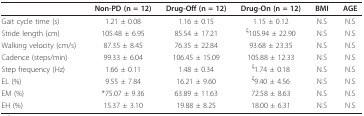
<table><thead><tr><td></td><td><b>Non-PD (n = 12)</b></td><td><b>Drug-Off (n = 12)</b></td><td><b>Drug-On (n = 12)</b></td><td><b>BMI</b></td><td><b>AGE</b></td></tr></thead><tbody><tr><td>Gait cycle time (s)</td><td>1.21 ± 0.08</td><td>1.16 ± 0.15</td><td>1.15 ± 0.12</td><td>N.S</td><td>N.S</td></tr><tr><td>Stride length (cm)</td><td>105.48 ± 6.95</td><td>85.54 ± 17.21</td><td><sup>ξ</sup>105.94 ± 22.90</td><td>N.S</td><td>N.S</td></tr><tr><td>Walking velocity (cm/s)</td><td>87.35 ± 8.45</td><td>76.35 ± 22.84</td><td>93.68 ± 23.35</td><td>N.S</td><td>N.S</td></tr><tr><td>Cadence (steps/min)</td><td>99.33 ± 6.04</td><td>106.45 ± 15.09</td><td>105.88 ± 12.33</td><td>N.S</td><td>N.S</td></tr><tr><td>Step frequency (Hz)</td><td>1.66 ± 0.11</td><td>1.48 ± 0.34</td><td><sup>ξ</sup>1.74 ± 0.18</td><td>N.S</td><td>N.S</td></tr><tr><td>EL (%)</td><td>9.55 ± 7.84</td><td>16.21 ± 9.60</td><td><sup>ξ</sup>9.40 ± 4.56</td><td>N.S</td><td>N.S</td></tr><tr><td>EM (%)</td><td>*75.07 ± 9.36</td><td>63.89 ± 11.63</td><td>72.58 ± 8.63</td><td>N.S</td><td>N.S</td></tr><tr><td>EH (%)</td><td>15.37 ± 3.10</td><td>19.88 ± 8.25</td><td>18.00 ± 6.31</td><td>N.S</td><td>N.S</td></tr></tbody></table>